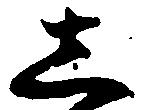
し